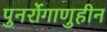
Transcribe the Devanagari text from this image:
पुनर्रोगाणुहीन